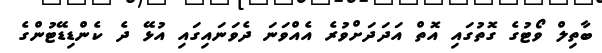
ބާތިލް ވޯޓުގެ ގޮތުގައި އޮތް އަދަދަށްވުރެ އެއްވަނަ ދެވަނައިގައި އުޅޭ ދެ ކެންޑިޑޭޓުންގެ